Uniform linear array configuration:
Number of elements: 32
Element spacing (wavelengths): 0.5
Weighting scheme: hamming
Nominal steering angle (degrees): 45
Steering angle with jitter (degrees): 43.256
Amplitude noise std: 0.05
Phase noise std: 0.05

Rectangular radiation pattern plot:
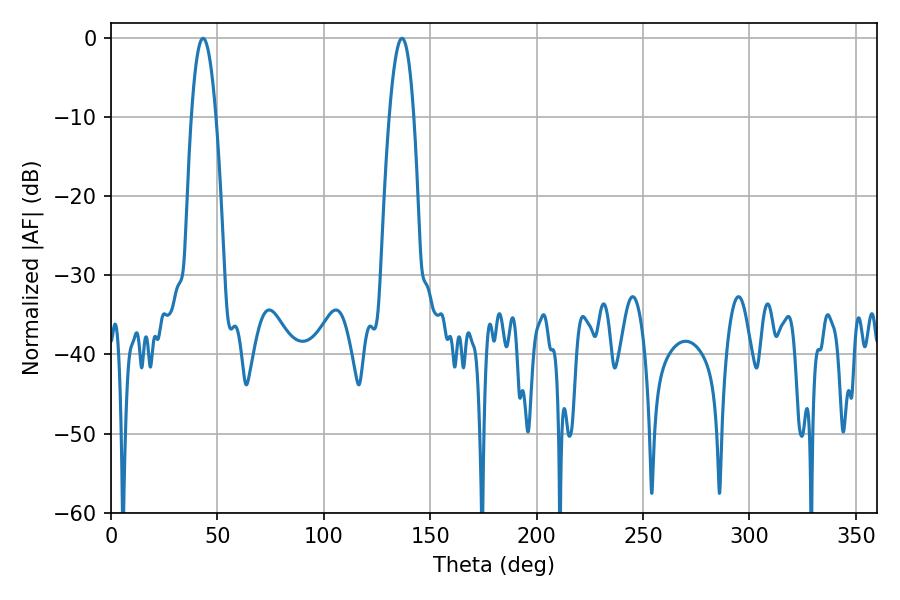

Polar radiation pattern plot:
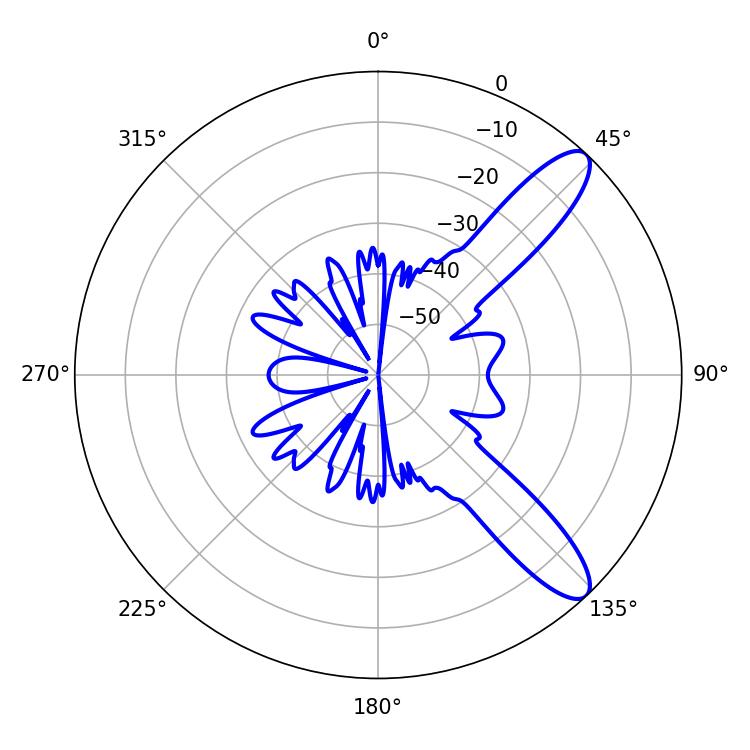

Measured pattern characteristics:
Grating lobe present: FALSE
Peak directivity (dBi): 10.844
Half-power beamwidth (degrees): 6.3
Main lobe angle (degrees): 43.2